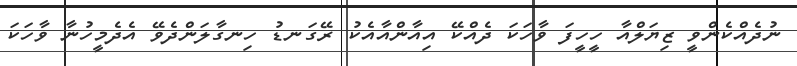
ނުދެއްކެންވީ ޒިޔަލްއާ ހީހީފަ ވާހަކަ ދެއްކޭ އިއާންއާއެކު ރޭގަނޑު ހިނގާލަންދެވޭ އެދެމީހުނާ ވާހަކަ